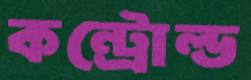
কন্ট্রোল্ড